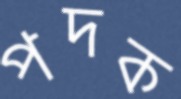
পদক